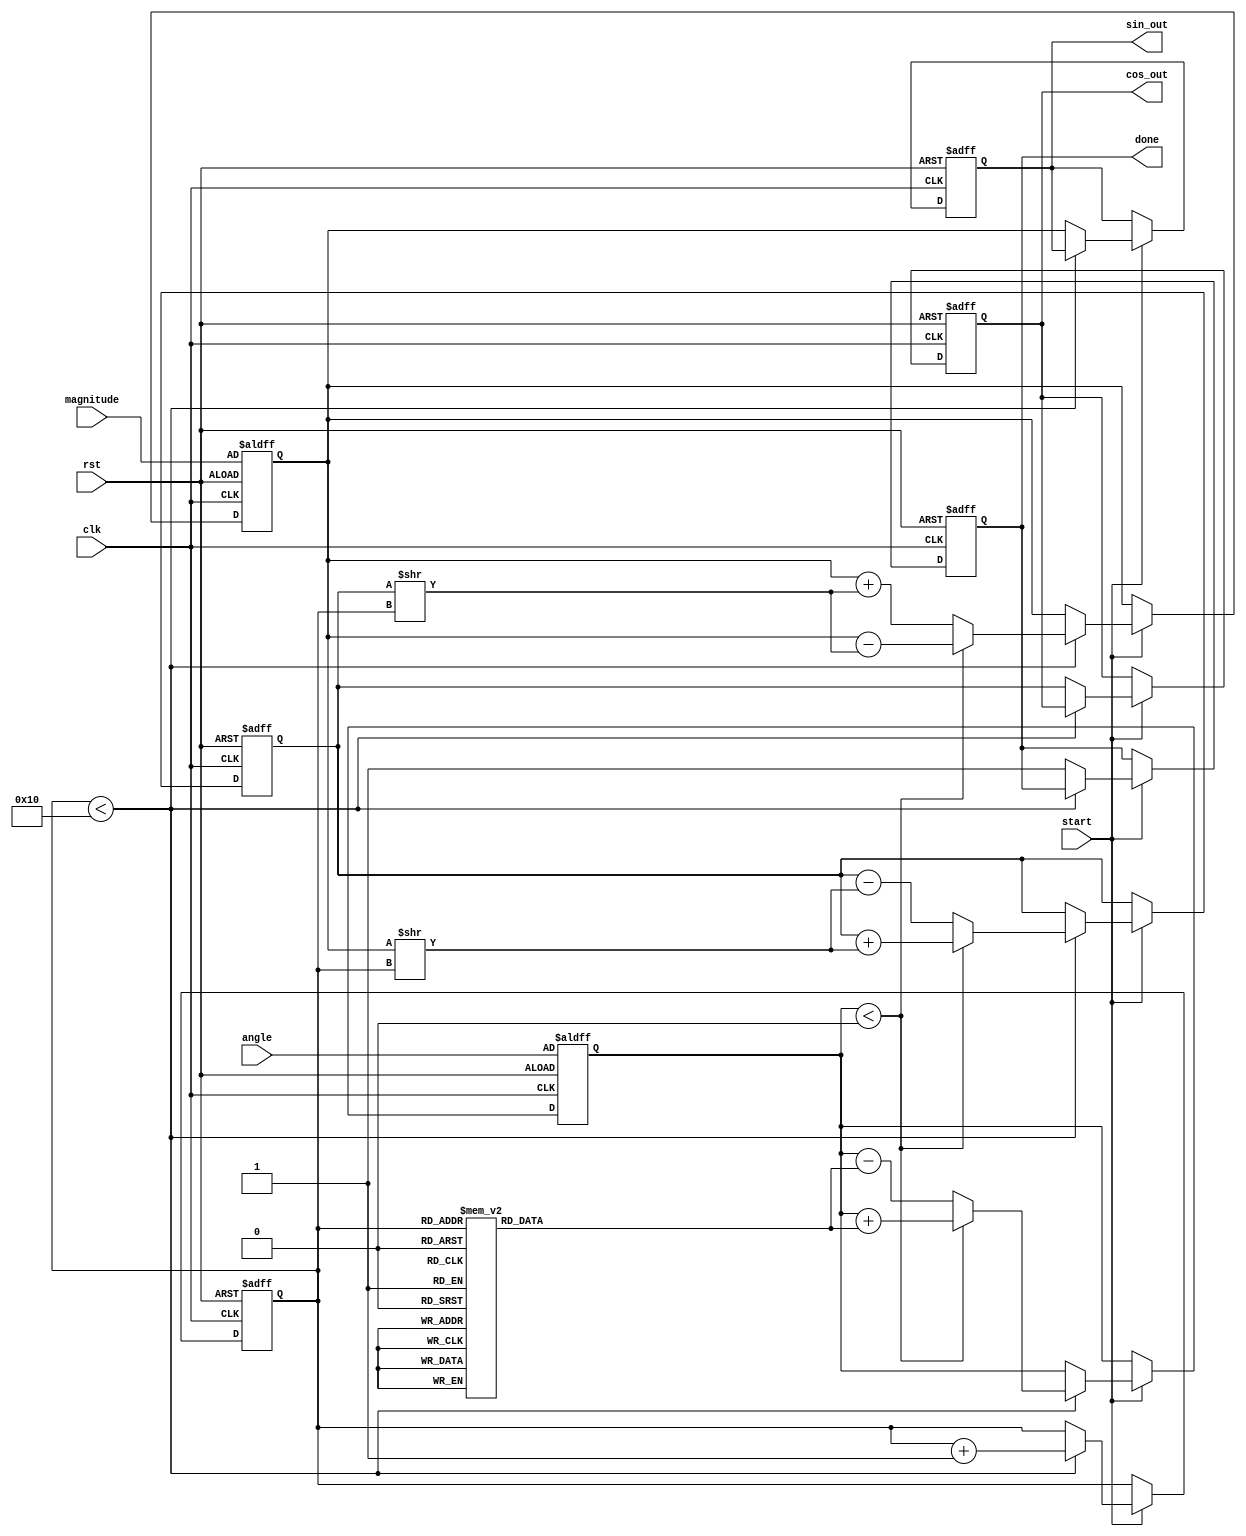
module cordic (
    input wire clk,
    input wire rst,
    input wire [31:0] angle,    // Input angle in fixed-point format (e.g., radians)
    input wire [31:0] magnitude, // Input magnitude (vector length)
    input wire start,           // Signal to start computation
    output reg [31:0] cos_out,  // Output cosine value
    output reg [31:0] sin_out,  // Output sine value
    output reg done             // Signal to indicate completion
);

parameter NUM_ITERATIONS = 16; // Number of CORDIC iterations

// Internal registers
reg [31:0] x, y, z;            // x, y coordinates and angle
reg [31:0] atan_table [0:NUM_ITERATIONS-1]; // Arctangent lookup table
reg [3:0] iteration_count;     // Iteration counter
reg direction;                 // Direction for rotation

// Initialize the arctangent lookup table
initial begin
    atan_table[0] = 32'h00000000; // atan(2^0)
    atan_table[1] = 32'h0000003F; // atan(2^-1)
    atan_table[2] = 32'h00000020; // atan(2^-2)
    atan_table[3] = 32'h00000015; // atan(2^-3)
    atan_table[4] = 32'h0000000C; // atan(2^-4)
    atan_table[5] = 32'h00000006; // atan(2^-5)
    // Continue filling the table as needed...
end

// CORDIC computation process
always @(posedge clk or posedge rst) begin
    if (rst) begin
        x <= 32'h00000000; // Initial x = 0
        y <= magnitude;    // Initial y = input magnitude
        z <= angle;        // Initial angle = input angle
        iteration_count <= 0;
        done <= 0;
        cos_out <= 0;
        sin_out <= 0;
    end else if (start) begin
        if (iteration_count < NUM_ITERATIONS) begin
            if (z < 0) begin
                // Rotate clockwise
                x <= x + (y >> iteration_count);
                y <= y - (x >> iteration_count);
                z <= z + atan_table[iteration_count];
                direction <= 1; // Rotate direction
            end else begin
                // Rotate counterclockwise
                x <= x - (y >> iteration_count);
                y <= y + (x >> iteration_count);
                z <= z - atan_table[iteration_count];
                direction <= 0; // Rotate direction
            end
            iteration_count <= iteration_count + 1;
        end else begin
            // Computation done
            cos_out <= x; // Final x is the cosine
            sin_out <= y; // Final y is the sine
            done <= 1;    // Signal completion
        end
    end
end

endmodule